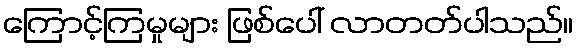
ကြောင့်ကြမှုများ ဖြစ်ပေါ် လာတတ်ပါသည်။